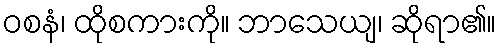
ဝစနံ၊ ထိုစကားကို။ ဘာသေယျ၊ ဆိုရာ၏။